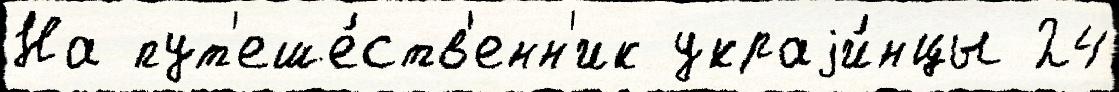
На пут'еше́ств'енн'ик украjи́нцы 24